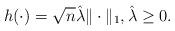
LaTeX: \begin{align*} h(\cdot) = \sqrt n \hat\lambda \|\cdot\|_1, \hat\lambda\ge 0. \end{align*}